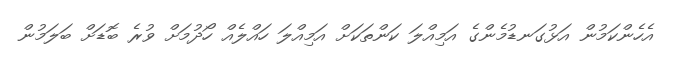
އެހެންކަމުން އަޅުގަނޑުމެންގެ އަމިއްލަ ކަންތަކަށް އަމިއްލަ ހައްލެއް ހޯދުމަށް ވުރެ ބޮޑަށް ބަލަމުން